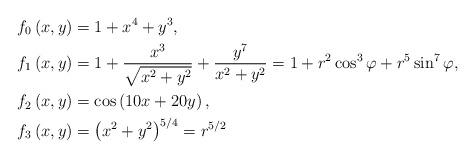
LaTeX: \begin{align*}f_{0}\left( x,y\right) & =1+x^{4}+y^{3},\\f_{1}\left( x,y\right) & =1+\frac{x^{3}}{\sqrt{x^{2}+y^{2}}}+\frac{y^{7}}{x^{2}+y^{2}}=1+r^{2}\cos^{3}\varphi+r^{5}\sin^{7}\varphi,\\f_{2}\left( x,y\right) & =\cos\left( 10x+20y\right) ,\\f_{3}\left( x,y\right) & =\left( x^{2}+y^{2}\right) ^{5/4}=r^{5/2}\end{align*}